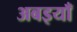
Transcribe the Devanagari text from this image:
अबइयाँ